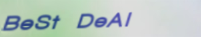
BeSt DeAl